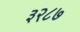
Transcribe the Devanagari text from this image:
३२८७